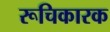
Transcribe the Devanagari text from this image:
रूचिकारक